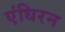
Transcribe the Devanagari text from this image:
एंधिरन